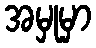
အမှုမှာ